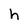
Character: h